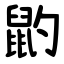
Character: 䶂